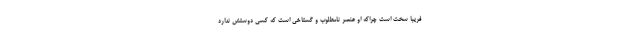
فریبا سخت است چراکه او عنصر نامطلوب و گستاخی است که کسی دوستش ندارد